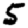
Digit: 5